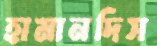
হামানদিস